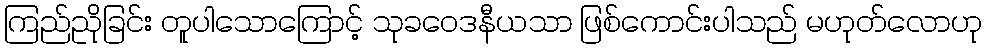
ကြည်ညိုခြင်း တူပါသောကြောင့် သုခဝေဒနီယသာ ဖြစ်ကောင်းပါသည် မဟုတ်လောဟု